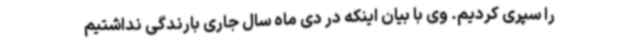
را سپری کردیم. وی با بیان اینکه در دی ماه سال جاری بارندگی نداشتیم